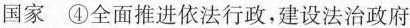
国家④全面推进依法行政，建设法治政府